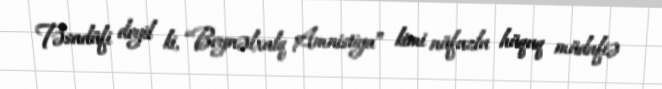
Təsadüfi deyil ki, “Beynəlxalq Amnistiya” kimi nüfuzlu hüquq müdafiə